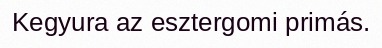
Kegyura az esztergomi primás.